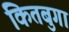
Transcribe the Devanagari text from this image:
कितबुगा